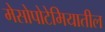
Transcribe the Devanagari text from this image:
मेसोपोटेमियातील